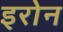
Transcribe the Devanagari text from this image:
इरोन